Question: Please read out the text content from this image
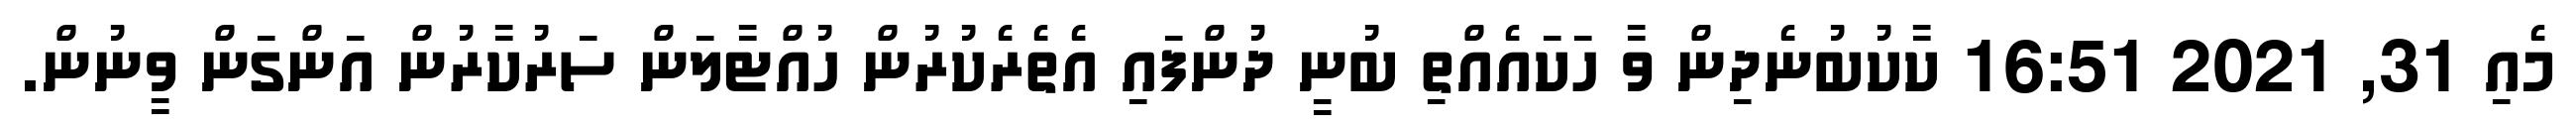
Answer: މެއި 31, 2021 16:51 ކާކުބުނެދިން ވާ ހަކައެއްތި ބުނީ ދުންފައި އެތެރެކުރުން ހުއްޓާލަން ސަރުކާރުން އަންގަން ވީނުން.